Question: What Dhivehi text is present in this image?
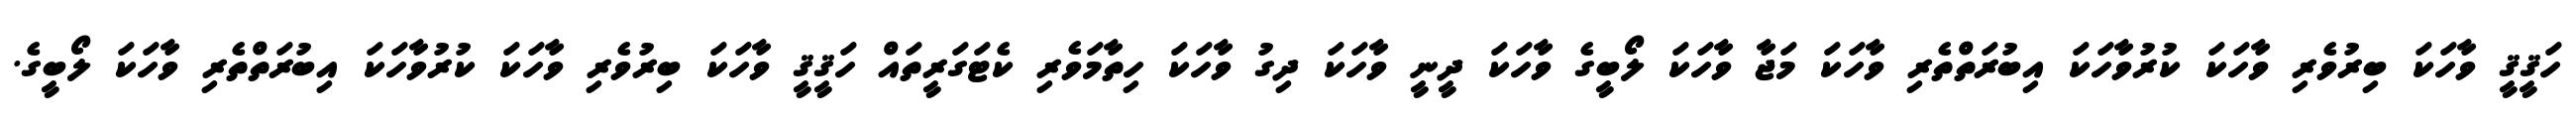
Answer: ހަޤީޤީ ވާހަކަ ބިރުވެރި ވާހަކަ ކުރުވާހަކަ އިބުރަތްތެރި ވާހަކަ މަޖާ ވާހަކަ ލޯބީގެ ވާހަކަ ދީނީ ވާހަކަ ދިގު ވާހަކަ ހިތާމަވެރި ކެޓަގަރީތައް ހަޤީޤީ ވާހަކަ ބިރުވެރި ވާހަކަ ކުރުވާހަކަ އިބުރަތްތެރި ވާހަކަ ލޯބީގެ.